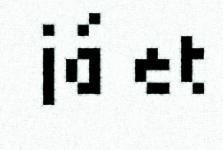
já et